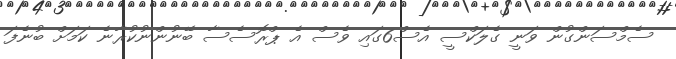
ސެމްސަންގުން ވަނީ ގެލަކްސީ އެސް6ގައި ވެސް އެ ޕްރޮސެސާ ބޭނުންނުކުރާނެ ކަމަށް ބުނެފަ